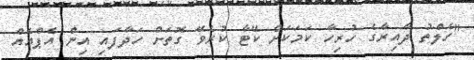
"ހެލްތު ދާއިރާގެ ހުރިހާ ކަމަކަށް ކޭޓާ ކުރެވޭ ގޮތަށް ހަދާފައި އިން އެޕްއެއް